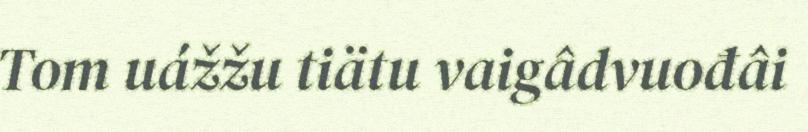
Tom uážžu tiätu vaigâdvuođâi